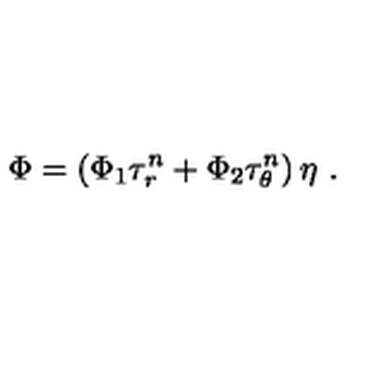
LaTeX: \Phi = \left( \Phi _ { 1 } \tau _ { r } ^ { n } + \Phi _ { 2 } \tau _ { \theta } ^ { n } \right) \eta \ .